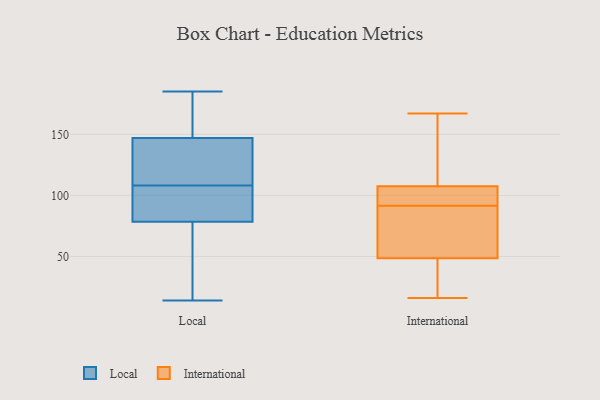
{"axis": {"x": "Market Share (%)", "y": "Value"}, "legend": ["International", "Local"], "data": [{"x": "", "y": 164, "type": "Local"}, {"x": "", "y": 14, "type": "Local"}, {"x": "", "y": 47, "type": "Local"}, {"x": "", "y": 132, "type": "Local"}, {"x": "", "y": 185, "type": "Local"}, {"x": "", "y": 31, "type": "Local"}, {"x": "", "y": 101, "type": "Local"}, {"x": "", "y": 74, "type": "Local"}, {"x": "", "y": 104, "type": "Local"}, {"x": "", "y": 103, "type": "Local"}, {"x": "", "y": 153, "type": "Local"}, {"x": "", "y": 125, "type": "Local"}, {"x": "", "y": 83, "type": "Local"}, {"x": "", "y": 148, "type": "Local"}, {"x": "", "y": 112, "type": "Local"}, {"x": "", "y": 146, "type": "Local"}, {"x": "", "y": 163, "type": "International"}, {"x": "", "y": 103, "type": "International"}, {"x": "", "y": 57, "type": "International"}, {"x": "", "y": 53, "type": "International"}, {"x": "", "y": 103, "type": "International"}, {"x": "", "y": 40, "type": "International"}, {"x": "", "y": 92, "type": "International"}, {"x": "", "y": 112, "type": "International"}, {"x": "", "y": 23, "type": "International"}, {"x": "", "y": 91, "type": "International"}, {"x": "", "y": 68, "type": "International"}, {"x": "", "y": 44, "type": "International"}, {"x": "", "y": 95, "type": "International"}, {"x": "", "y": 16, "type": "International"}, {"x": "", "y": 167, "type": "International"}, {"x": "", "y": 128, "type": "International"}]}